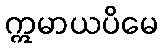
ဣမာယပိမေ